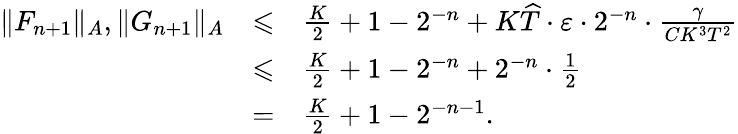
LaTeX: \begin{array}{lcl}{\| F_{n+1}\| _{A},\| G_{n+1}\| _{A}}&{\leqslant}&{\frac{K}{2}+1-2^{-n}+K\widehat{T}\cdot\varepsilon\cdot 2^{-n}\cdot\frac{\gamma}{CK^{3}T^{2}}}\\ &{\leqslant}&{\frac{K}{2}+1-2^{-n}+2^{-n}\cdot\frac{1}{2}}\\ &{=}&{\frac{K}{2}+1-2^{-n-1}.}\end{array}